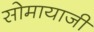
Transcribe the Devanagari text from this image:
सोमायाजी